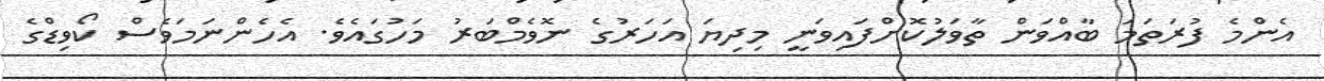
އެންމެ ފުރަތަމަ ބާއްވަން ތާވަލުކޮށްފައިވަނީ މިދިޔަ އަހަރުގެ ނޮވެމްބަރު މަހުގައެވެ. އެހެންނަމަވެސް ކޯވިޑްގެ